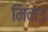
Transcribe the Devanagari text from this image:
मिनउ